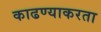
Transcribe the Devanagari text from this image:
काढण्याकरता